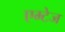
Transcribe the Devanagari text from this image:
एम्टेज